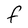
Character: F